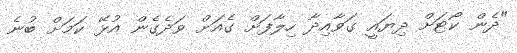
"ދެން ކޯޓަށް ދިޔައީ ގަވާއިދާ ހިލާފަށް ގެއަށް ވަދެގެން އުޅޭ ކަމަށް ބުނެ